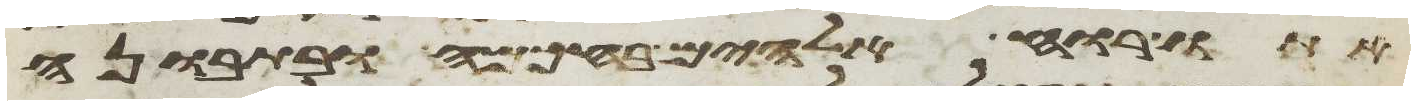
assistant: אתו רוח אלהים בחכמה ובתבונה